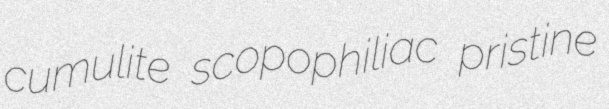
cumulite scopophiliac pristine